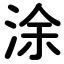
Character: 涂